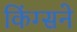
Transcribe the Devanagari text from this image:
किंग्सने